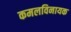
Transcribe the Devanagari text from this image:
कमलविनायक